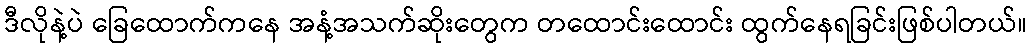
ဒီလိုနဲ့ပဲ ခြေထောက်ကနေ အနံ့အသက်ဆိုးတွေက တထောင်းထောင်း ထွက်နေရခြင်းဖြစ်ပါတယ်။